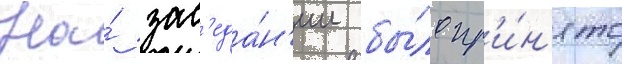
На́ зас'еда́н'ии бы́ло пр'и́н'ято